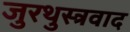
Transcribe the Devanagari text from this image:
जुरथुस्त्रवाद